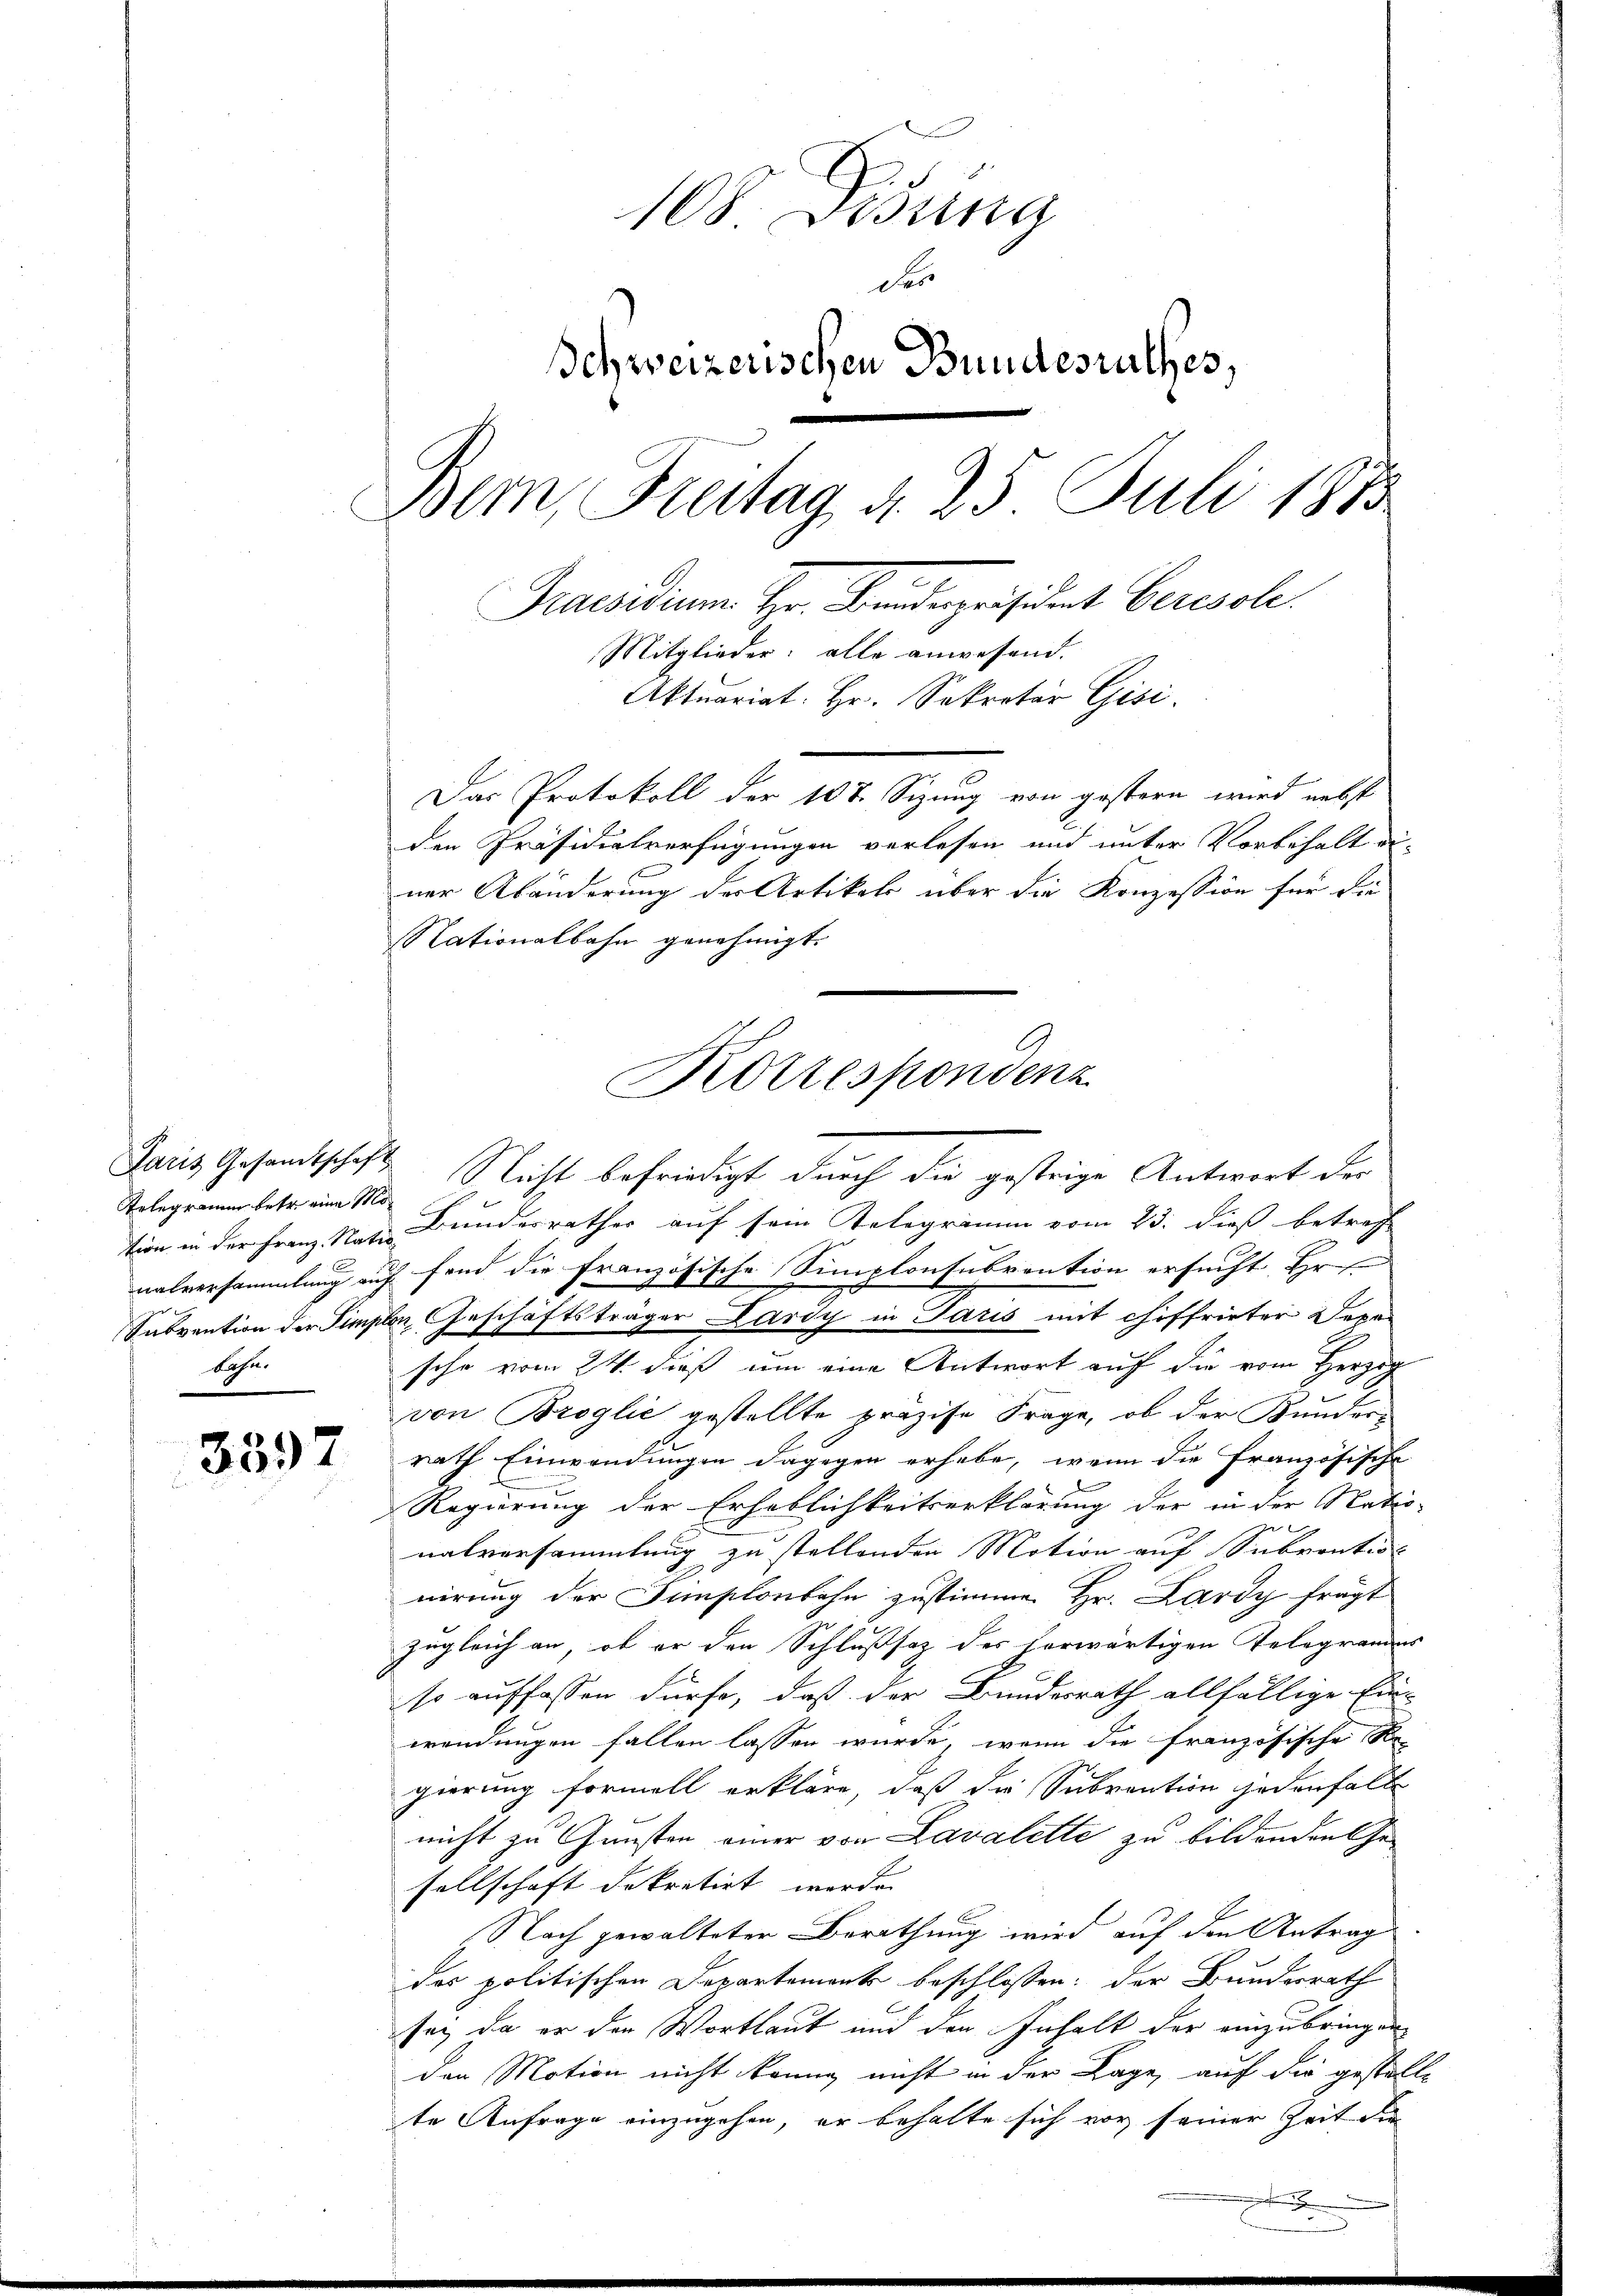
Telegramm betr. eine Mobahn.

3397

108. Lesung
er
Schweizerischen Bundesrathes,
Bem, Freitag d. 25 Juli 1873
Praesidium Hr. Friderpräsident berisole
Mitglieder: alle anwesend.
Aktuariat. Hr. Sekretär Gisi
Das Protokoll der 108. Sizung von gestern wird nebst
den Präsidialverfügungen verlesen und unter Vorbehalt erner Abänderung der Artikel über die Konzession für die
Nationalbahn genehmigt.

tion in der Franz Nate Bundesrathes auf sein Telegramm vom 23. dieß betrach
nalversammlung auf fand die französische Simplonsubvention ersucht Hr.
Subvention der Simplen (Geschäftsträger Lardy in Paris mit chiffrieter Depesche vom 24. dieß um eine Antwort auf die vom Herzig
von Broglie gestellte präzise Frage, ob der Kunders
rath Einwendungen dagegen erhebe, wenn die Französische
Regierung der Erheblichkeitserklärung der in der Natio-
nalversammlung zu stellenden Motion auf Subventios
nirung der Simplonbahn zustimme. Hr. Lardy fragt
zugleich an, ob er den Schlußsaz des herwärtigen Telegrandes
so auffassen dürfe, daß der Bundesrath allfällige Ein-
wendungen fallen lassen wurde, wenn die französische Re-
gierung formell erkläre, daß die Subvention jedenfalle
nicht zu Gunsten einer von Lavalette zu bildenden Gesellschaft dekretirt werde.
Nach gewalteter Berathung wird auf den Antrag
des politischen Departements beschlossen: der Bundesrath
sei, da er den Wortlaut und den Inhalt der einzubringen
den Motion nicht könne nicht in der Lage, auch die gestelle
te Anfrage einzugehen, er behalte sich vor seiner Zeit die

Korrespondenz
Paris Gesandtschaft Nicht befriedigt durch die gestrige Antwort der